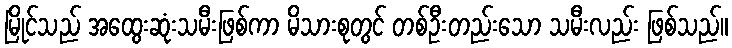
မြိုင်သည် အထွေးဆုံးသမီးဖြစ်ကာ မိသားစုတွင် တစ်ဦးတည်းသော သမီးလည်း ဖြစ်သည်။